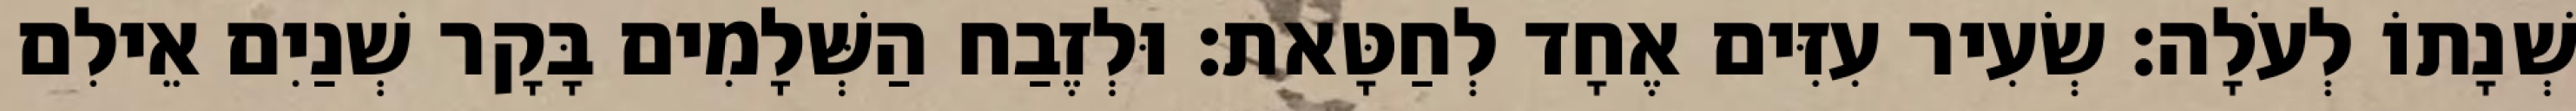
שְׁנָתוֹ לְעֹלָה׃ שְׂעִיר עִזִּים אֶחָד לְחַטָּאת׃ וּלְזֶבַח הַשְּׁלָמִים בָּקָר שְׁנַיִם אֵילִם